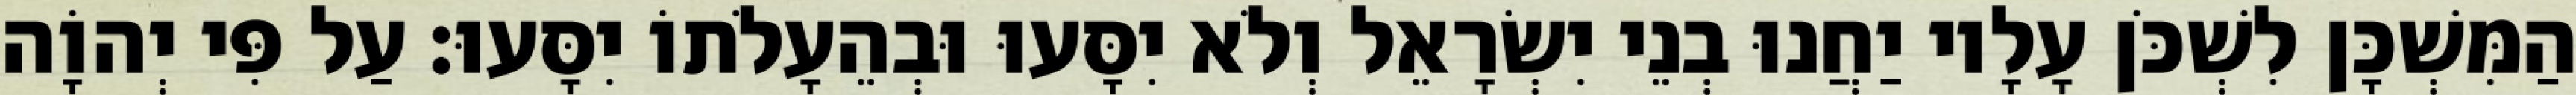
הַמִּשְׁכָּן לִשְׁכֹּן עָלָיו יַחֲנוּ בְנֵי יִשְׂרָאֵל וְלֹא יִסָּעוּ וּבְהֵעָלֹתוֹ יִסָּעוּ׃ עַל פִּי יְהוָֹה